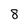
Character: 8